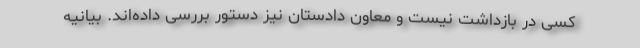
کسی در بازداشت نیست و معاون دادستان نیز دستور بررسی داده‌اند. بیانیه‌